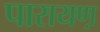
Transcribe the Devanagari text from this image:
पारायण़